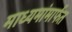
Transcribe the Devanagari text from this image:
माध्यमांमार्फत